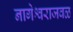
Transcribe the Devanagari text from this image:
नागेश्वराजवळ